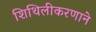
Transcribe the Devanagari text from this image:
शिथिलीकरणाने